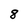
Character: 8